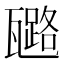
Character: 𤮗